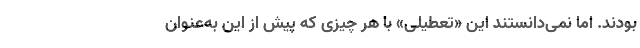
بودند. اما نمی‌دانستند این «تعطیلی» با هر چیزی که پیش از این به‌عنوان